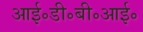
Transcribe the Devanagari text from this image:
आई॰डी॰बी॰आई॰